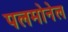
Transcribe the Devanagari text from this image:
पलमोनेल